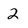
Character: 2